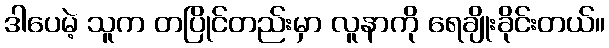
ဒါပေမဲ့ သူက တပြိုင်တည်းမှာ လူနာကို ရေချိုးခိုင်းတယ်။